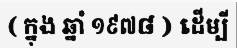
( ក្នុង ឆ្នាំ ១៩៧៨ ) ដើម្បី